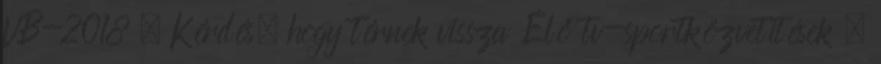
VB-2018 – Kérdés, hogy térnek vissza Élő tv-sportközvetítések –